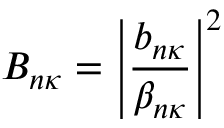
B _ { n \kappa } = \left| \frac { b _ { n \kappa } } { \beta _ { n \kappa } } \right| ^ { 2 }